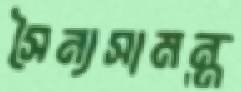
সৈন্যসামন্ত